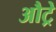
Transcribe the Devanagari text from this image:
औट्रे